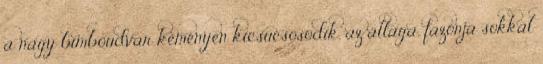
a nagy bimbóudvar keményen kicsúcsosodik, az állaga, fazonja sokkal